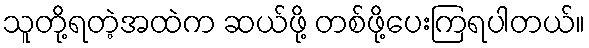
သူတို့ရတဲ့အထဲက ဆယ်ဖို့ တစ်ဖို့ပေးကြရပါတယ်။